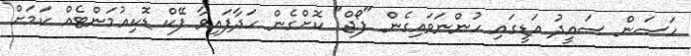
ހަސަން ސައީދު އަޑީގައި ހުންނަވައިގެން "ފޯޖް" ކޮށްގެން ހަދާފައިވާ ފޭކް ޑޮކިއުމަންޓެއް ކަމަށް